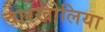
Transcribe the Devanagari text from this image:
चारखोलिया